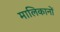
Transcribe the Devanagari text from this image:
मालिकानों